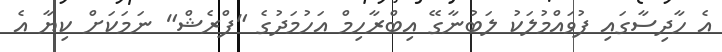
އެ ހާދިސާގައި ފުވައްމުލަކު ލަބުނާގޭ އިބްރާހިމް އަހުމަދުގެ "ފްރެޝް" ނަމަކަށް ކިޔާ އެ